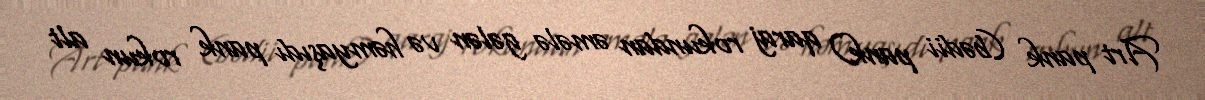
Art pank (bədii pank) qaraj rokundan əmələ gələn və həmyaşıdı pank rokun alt